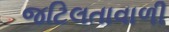
જટિલતાવાળી